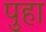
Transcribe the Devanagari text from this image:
पुहा